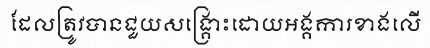
ដែលត្រូវបានជួយសង្គ្រោះដោយអង្គការខាងលើ